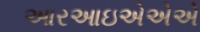
આરઆઇએએએ